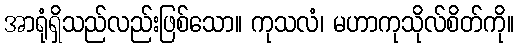
အာရုံရှိသည်လည်းဖြစ်သော။ ကုသလံ၊ မဟာကုသိုလ်စိတ်ကို။